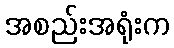
အစည်းအရုံးက